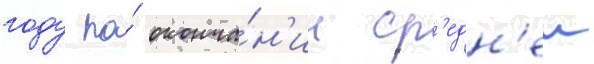
году по́ оконча́н'ии ср'едн'еи